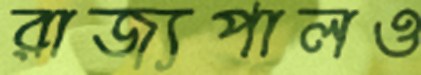
রাজ্যপালও